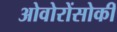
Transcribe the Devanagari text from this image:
ओवोरोंसोकी